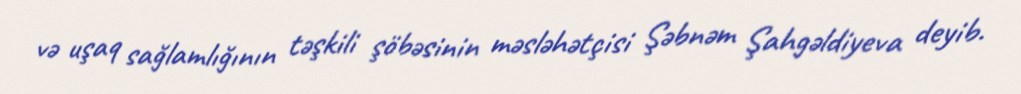
və uşaq sağlamlığının təşkili şöbəsinin məsləhətçisi Şəbnəm Şahgəldiyeva deyib.